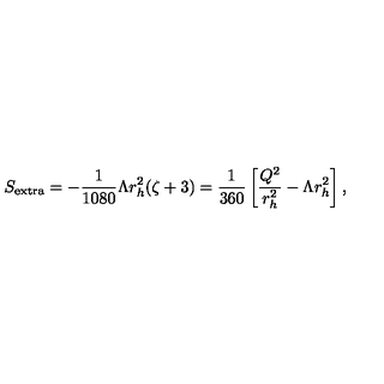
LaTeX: S _ { \mathrm { { e x t r a } } } = - \frac { 1 } { 1 0 8 0 } \Lambda r _ { h } ^ { 2 } ( \zeta + 3 ) = \frac { 1 } { 3 6 0 } \left[ \frac { Q ^ { 2 } } { r _ { h } ^ { 2 } } - \Lambda r _ { h } ^ { 2 } \right] ,